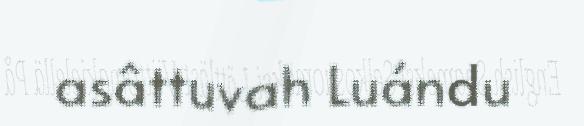
asâttuvah Luándu